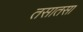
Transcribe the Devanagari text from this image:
तसातसा